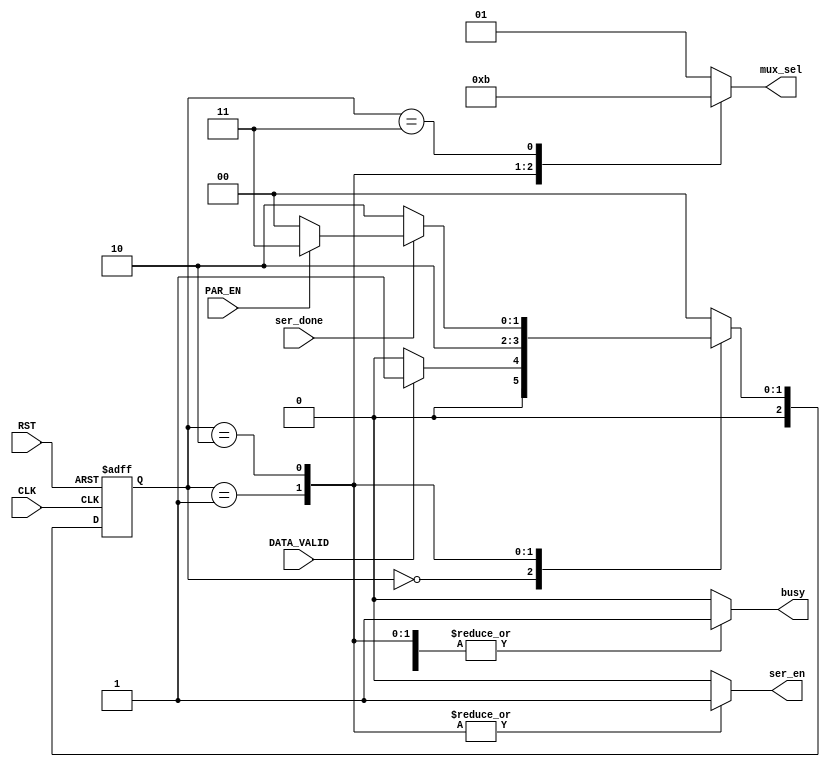
`timescale 1ns / 1ps
//////////////////////////////////////////////////////////////////////////////////
// Company: 
// Engineer: 
// 
// Design Name: 
// Module Name: TX_FSM (UART-TX)
// Project Name: LowPowerMultiClockDigtialCommuSys
// Target Devices: 
// Tool Versions: 
// Description: 
// 
// Dependencies: 
// 
// Revision:
// Revision 0.01 - File Created
// Additional Comments:
// 
//////////////////////////////////////////////////////////////////////////////////
module TX_FSM(
    input   wire         CLK,
    input   wire         RST,
    input   wire         DATA_VALID,
    input   wire         PAR_EN,
    input   wire         ser_done,
    output  reg   [1:0]  mux_sel,
    output  reg          busy,
    output  reg          ser_en
    );

    reg  [2:0]  state, next_state;



    localparam IDLE = 2'b00;  // idle state
    localparam STRT = 2'b01;  // strt_bit tranimision state
    localparam DATA = 2'b10;  // ser_data tranimision state
    localparam PAR  = 2'b11;  // par_bit tranimision state
    

    always @(posedge CLK, negedge RST)
    begin
        if(~RST)
            state <= IDLE;
        else
            state <= next_state;
    end

    always @(*)
    begin
        case(state)
            IDLE:   begin //IDLE state and STOP state
                        //outputs
                        mux_sel = 2'b01;  // STOP bit will be muxed (HIGH SIGNAL)
                        busy    = 1'b0;
                        ser_en  = 1'b0;
                        //nextstate
                        next_state = DATA_VALID ? STRT : IDLE;
                    end
            STRT:   begin
                        //outputs
                        mux_sel = 2'b00;  // strt_bit will be muxed
                        busy    = 1'b1;
                        ser_en  = 1'b1;
                        //nextstate
                        next_state = DATA;
                    end
            DATA:   begin
                        //outputs
                        mux_sel = 2'b10;  //ser_data will be muxed
                        busy    = 1'b1;
                        ser_en  = 1'b1;
                        //nextstate
                        if (ser_done)
                            next_state = PAR_EN ? PAR : IDLE;
                        else
                            next_state = DATA;
                    end
            PAR:    begin
                    //outputs
                        mux_sel = 2'b11;  // PAR_BIT will be muxed
                        busy    = 1'b1;
                        ser_en  = 1'b0;
                        //nextstate
                        next_state = IDLE;
                    end
            default:begin
                        //outputs
                        mux_sel = 2'b01;  // HIGH signal will be muxed
                        busy    = 1'b0;
                        ser_en  = 1'b0;
                        //nextstate
                        next_state = IDLE;
                    end
        endcase
    end


endmodule